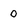
Character: O